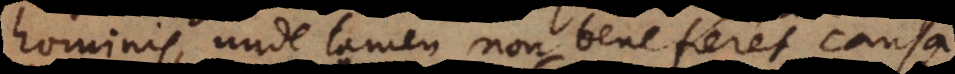
hominis, unde tamen non bene fieret causa